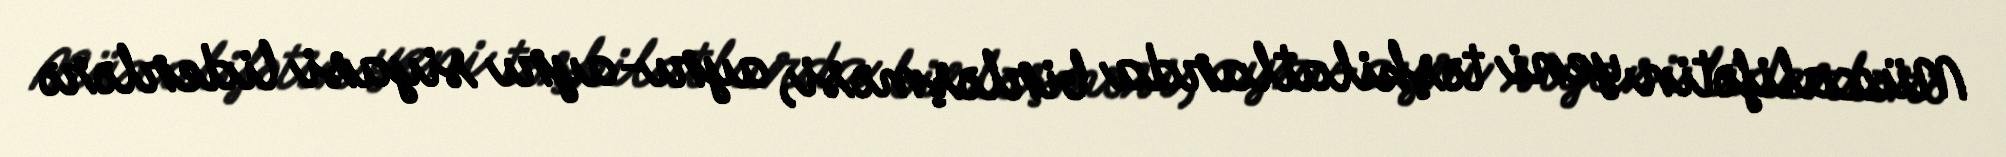
Müxalifətin yeni təşkilatlarda birləşməsi, ayrı-ayrı siyasi liderlərə